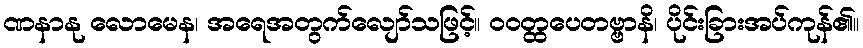
ဏနာနု လောမေန၊ အရေအတွက်လျော်သဖြင့်။ ဝဝတ္ထပေတဗ္ဗာနိ၊ ပိုင်းခြားအပ်ကုန်၏။